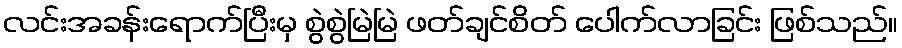
လင်းအခန်းရောက်ပြီးမှ စွဲစွဲမြဲမြဲ ဖတ်ချင်စိတ် ပေါက်လာခြင်း ဖြစ်သည်။